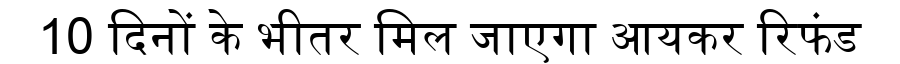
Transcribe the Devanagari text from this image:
10 दिनों के भीतर मिल जाएगा आयकर रिफंड